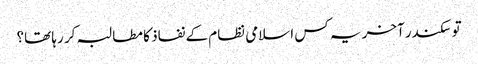
تو سکندر آخر یہ کس اسلامی نظام کے نفاذ کا مطالبہ کر رہا تھا؟